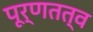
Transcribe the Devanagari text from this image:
पूर्णतत्व